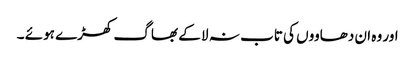
اور وہ ان دھاووں کی تاب نہ لا کے بھاگ کھڑے ہوئے ۔